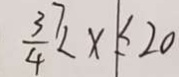
\frac { 3 7 } { 4 } < x \leq 2 0